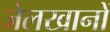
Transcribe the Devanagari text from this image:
जेलखानों